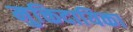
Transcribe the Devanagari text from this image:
मुक्तिदायिका